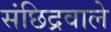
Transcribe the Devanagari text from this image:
संछिद्रवाले